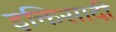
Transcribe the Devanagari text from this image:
इक्तिसादी